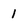
Character: 1